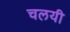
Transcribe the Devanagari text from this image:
चलयी